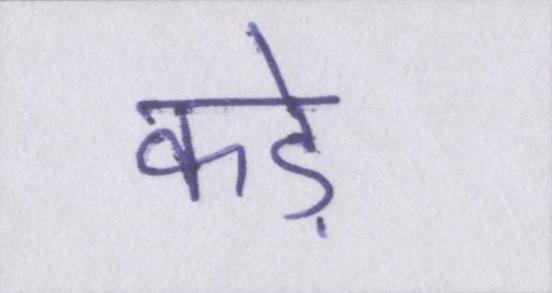
कड़े